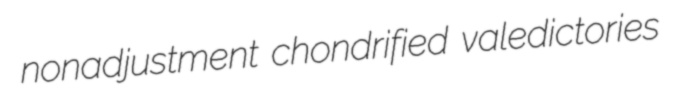
nonadjustment chondrified valedictories